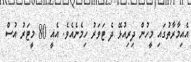
އެއިމާރާތުގައި މީހުން ދިރިއުޅޭ ދެ ޓަވަރު ހިމެނެއެވެ. އެއީ 80 މީޓަރު އުސް